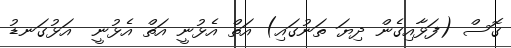
ގޮސް (ފަޅާއިގެން ދިޔަ ތަނުގައި) އަތް އެޅުނީ އަތް އެޅުނީ  އަޅުގަނޑު